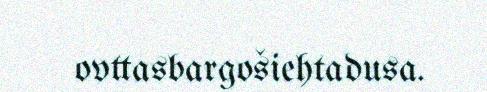
ovttasbargošiehtadusa.